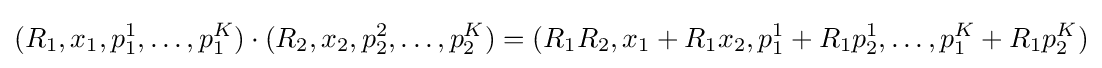
(R_{1},x_{1},p_{1}^{1},\dots ,p_{1}^{K})\cdot (R_{2},x_{2},p_{2}^{2},\dots ,p_{2}^{K})=(R_{1}R_{2},x_{1}+R_{1}x_{2},p_{1}^{1}+R_{1}p_{2}^{1},\dots ,p_{1}^{K}+R_{1}p_{2}^{K})